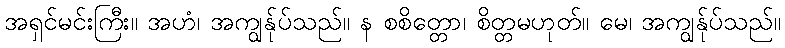
အရှင်မင်းကြီး။ အဟံ၊ အကျွန်ုပ်သည်။ န စစိတ္တော၊ စိတ္တမဟုတ်။ မေ၊ အကျွန်ုပ်သည်။